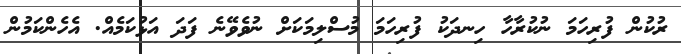
ރުކުން ފުރިހަމަ ނުކުރާހާ ހިނދަކު ފުރިހަމަ މުސްލިމަކަށް ނުވެވޭނެ ފަދަ އަޅުކަމެއް. އެހެންކަމުން